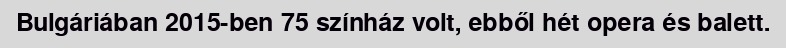
Bulgáriában 2015-ben 75 színház volt, ebből hét opera és balett.